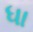
ધા